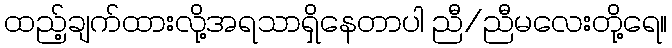
ထည့်ချက်ထားလို့အရသာရှိနေတာပါ ညီ/ညီမလေးတို့ရေ။